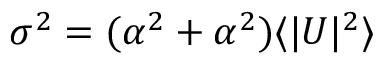
\sigma ^ { 2 } = ( \alpha ^ { 2 } + \alpha ^ { 2 } ) \langle \lvert U \lvert ^ { 2 } \rangle